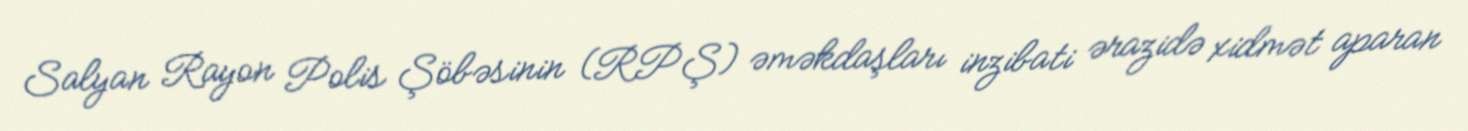
Salyan Rayon Polis Şöbəsinin (RPŞ) əməkdaşları inzibati ərazidə xidmət aparan